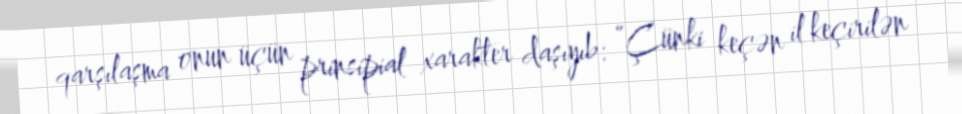
qarşılaşma onun üçün prinsipial xarakter daşıyıb: “Çünki keçən il keçirilən